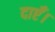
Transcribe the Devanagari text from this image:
दाएँ।